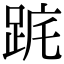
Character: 𨀟